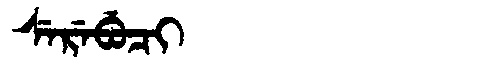
Manchu: ᠰᡝᡵᡝᠪᡠᠴᡳ
Romanization: SEREBUCI